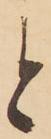
と